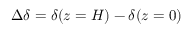
\Delta \delta = \delta ( z = H ) - \delta ( z = 0 )